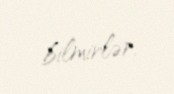
bilmirlər.